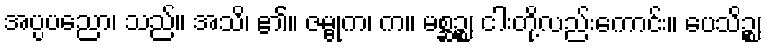
အပ္ပပညော၊ သည်။ အသိ၊ ၏။ ဇမ္ဗုက၊ က။ မစ္ဆဉ္စ၊ ငါးတို့လည်းကောင်း။ ပေသိဉ္စ၊